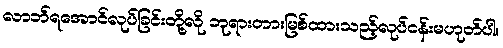
လာဘ်ရအောင်လုပ်ခြင်းတို့လို ဘုရားတားမြစ်ထားသည့်လုပ်ငန်းမဟုတ်ပါ။